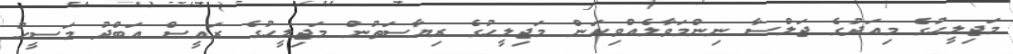
މަޖިލީހުގެ މިއަދުގެ ޖަލްސާ ނިންމަވާލެއްވިކަން މަޖިލީހުގެ ރިޔާސަތުން މަޖިލީހުގެ ރައީސް އަބްދު މަސީހު